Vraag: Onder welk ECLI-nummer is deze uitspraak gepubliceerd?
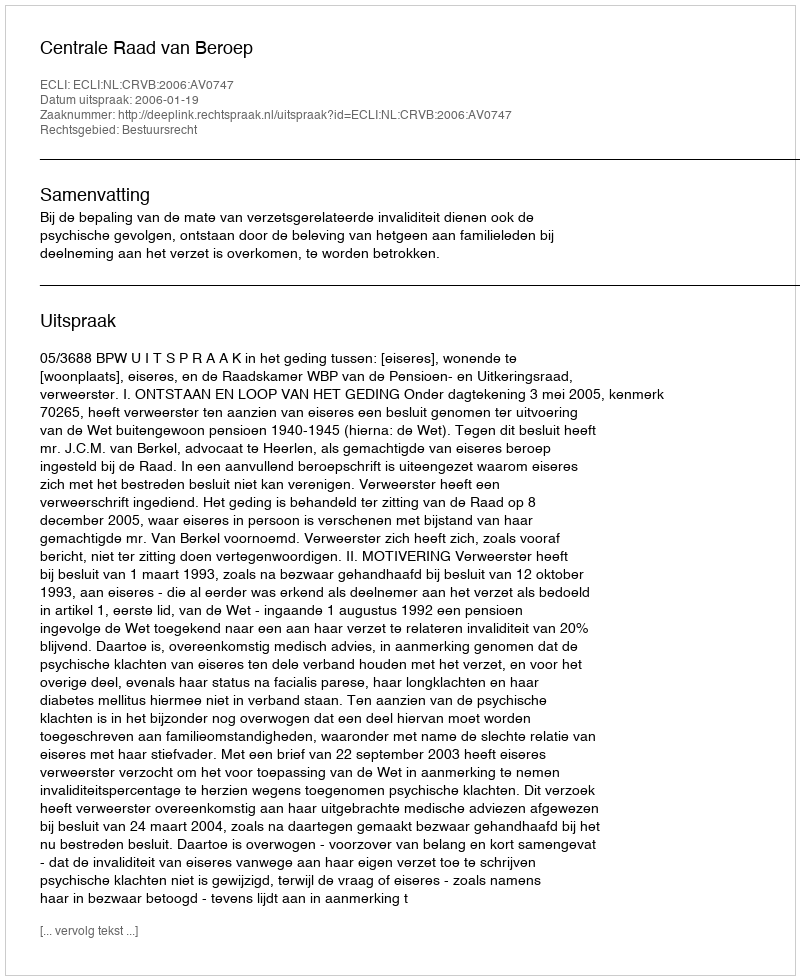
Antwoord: ECLI:NL:CRVB:2006:AV0747